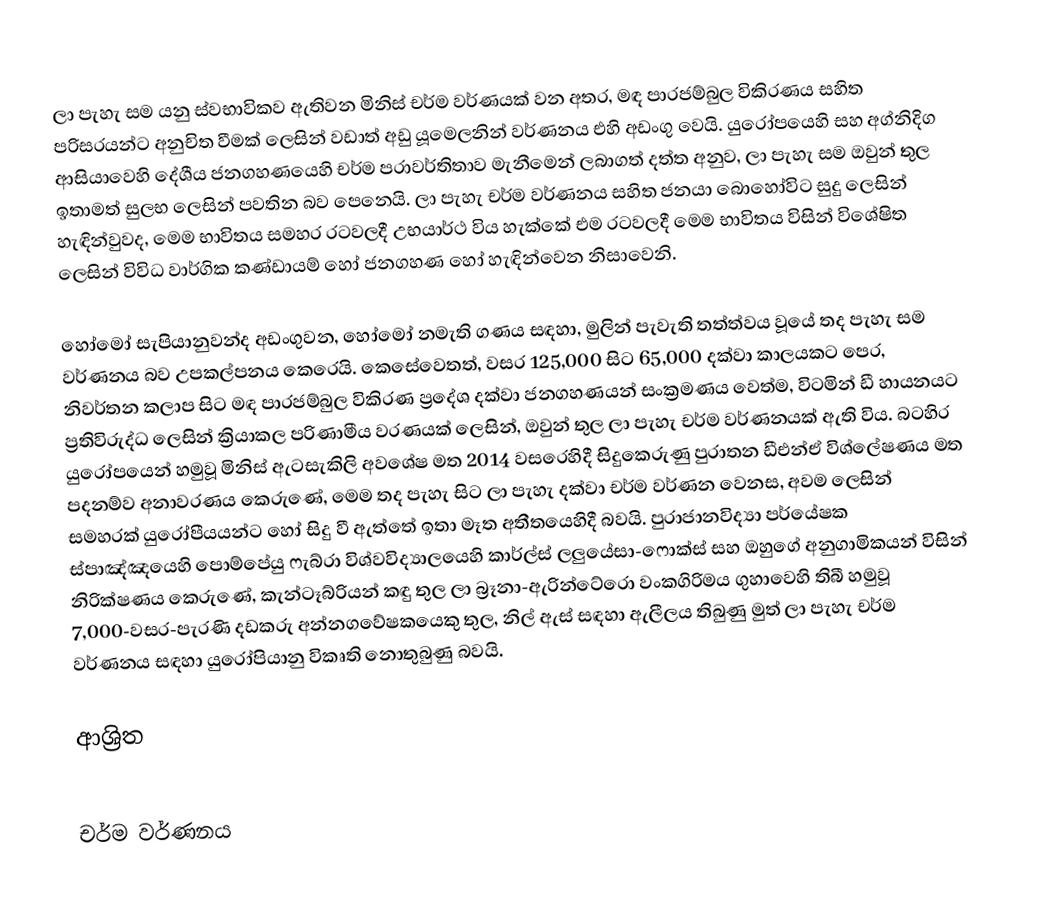
ලා පැහැ සම යනු ස්වභාවිකව ඇතිවන  මිනිස් චර්ම වර්ණයක් වන අතර, මඳ පාරජම්බුල විකිරණය  සහිත පරිසරයන්ට අනුචිත වීමක් ලෙසින් වඩාත් අඩු යූමෙලනින් වර්ණනය එහි අඩංගු වෙයි.   යුරෝපයෙහි සහ අග්නිදිග ආසියාවෙහි දේශීය ජනගහණයෙහි චර්ම පරාවර්තිතාව මැනීමෙන් ලබාගත් දත්ත අනුව, ලා පැහැ සම ඔවුන් තුල ඉතාමත් සුලභ ලෙසින් පවතින බව පෙනෙයි. ලා පැහැ චර්ම වර්ණනය සහිත ජනයා බොහෝවිට සුදු ලෙසින්  හැඳින්වුවද, මෙම භාවිතය සමහර රටවලදී උභයාර්ථ විය හැක්කේ එම රටවලදී මෙම භාවිතය විසින් විශේෂිත ලෙසින් විවිධ වාර්ගික කණ්ඩායම් හෝ ජනගහණ හෝ හැඳින්වෙන නිසාවෙනි.

හෝමෝ සැපියානුවන්ද අඩංගුවන,  හෝමෝ නමැති ගණය සඳහා, මුලින් පැවැති තත්ත්වය වූයේ  තද පැහැ සම වර්ණනය බව උපකල්පනය කෙරෙයි. කෙසේවෙතත්, වසර 125,000 සිට 65,000 දක්වා කාලයකට පෙර,  නිවර්තන කලාප සිට මඳ පාරජම්බුල විකිරණ ප්‍රදේශ දක්වා ජනගහණයන් සංක්‍රමණය වෙත්ම, විටමින් ඩී හායනයට ප්‍රතිවිරුද්ධ ලෙසින් ක්‍රියාකල පරිණාමීය වරණයක් ලෙසින්, ඔවුන් තුල ලා පැහැ චර්ම වර්ණනයක් ඇති විය.  බටහිර යුරෝපයෙන් හමුවූ මිනිස් ඇටසැකිලි අවශේෂ මත 2014 වසරෙහිදී සිදුකෙරුණු  පුරාතන ඩීඑන්ඒ විශ්ලේෂණය මත පදනම්ව අනාවරණය කෙරුණේ, මෙම තද පැහැ සිට ලා පැහැ දක්වා චර්ම වර්ණන වෙනස, අවම ලෙසින් සමහරක් යුරෝපීයයන්ට හෝ සිදු වී ඇත්තේ ඉතා මෑත අතීතයෙහිදී බවයි. පුරාජානවිද්‍යා පර්යේෂක ස්පාඤ්ඤයෙහි   පොම්පේයු ෆැබ්රා විශ්වවිද්‍යාලයෙහි කාර්ල්ස් ලලුයේසා-ෆොක්ස් සහ ඔහුගේ අනුගාමිකයන් විසින් නිරික්ෂණය කෙරුණේ,   කැන්ටෑබ්රියන් කඳු තුල ලා බ්‍රෑනා-ඇරින්ටේරො වංකගිරිමය ගුහාවෙහි තිබී හමුවූ  7,000-වසර-පැරණි දඩකරු අන්නගවේෂකයෙකු තුල, නිල් ඇස් සඳහා  ඇලීලය තිබුණු මුත් ලා පැහැ චර්ම වර්ණනය සඳහා යුරෝපියානු  විකෘති නොතුබුණු බවයි.

ආශ්‍රිත

චර්ම වර්ණනය